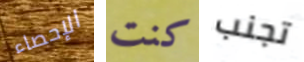
الإحصاء كنت تجنب